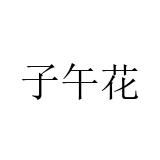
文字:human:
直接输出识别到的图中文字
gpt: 子午花